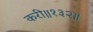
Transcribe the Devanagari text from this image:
करी॥१३२॥